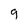
Character: 9